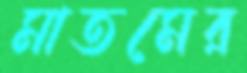
মাতমের